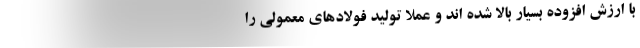
با ارزش افزوده بسیار بالا شده اند و عملا تولید فولادهای معمولی را